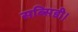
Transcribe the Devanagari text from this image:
सब्सिडी।